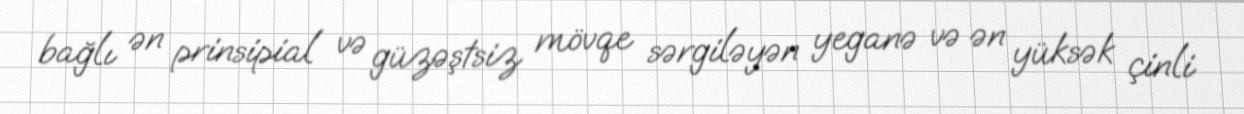
bağlı ən prinsipial və güzəştsiz mövqe sərgiləyən yeganə və ən yüksək çinli